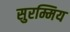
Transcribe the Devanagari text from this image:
सुरम्मिय